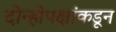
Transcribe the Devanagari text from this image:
दोन्हीपक्षांकडून